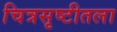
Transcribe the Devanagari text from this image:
चित्रसृष्टीतला